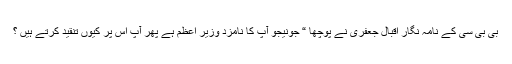
بی بی سی کے نامہ نگار اقبال جعفری نے پوچھا “ جونیجو آپ کا نامزد وزیر اعظم ہے پھر آپ اس پر کیوں تنقید کرتے ہیں ؟